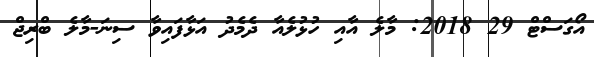
އޯގަސްޓް 29 2018: މާލެ އާއި ހުޅުލެއާ ދެމެދު އަޅާފައިވާ ސިނަ-މާލެ ބްރިޖް